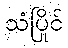
သံပြိုင်